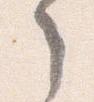
之